Vaccination in Burma 1889-1999 - 1889-1999
Year: 1889
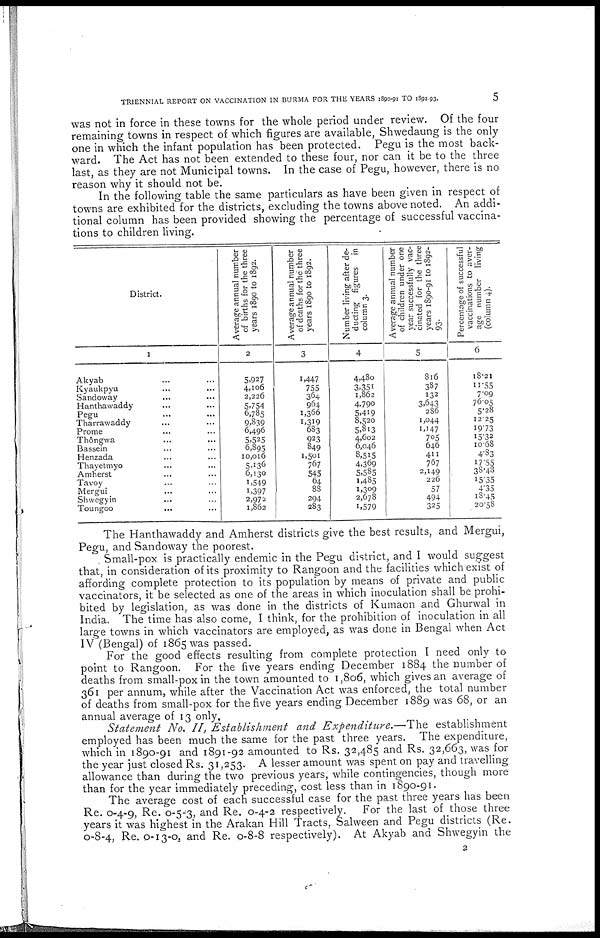
TRIENNIAL REPORT ON VACCINATION IN BURMA FOR THE YEARS 1890-91 TO 1892-93.
5
was not in force in these towns for the whole period under review. Of the four
remaining towns in respect of which figures are available, Shwedaung is the only
one in which the infant population has been protected. Pegu is the most back-
ward. The Act has not been extended to these four, nor can it be to the three
last, as they are not Municipal towns. In the case of Pegu, however, there is no
reason why it should not be.
In the following table the same particulars as have been given in respect of
towns are exhibited for the districts, excluding the towns above noted. An addi-
tional column has been provided showing the percentage of successful vaccina-
tions to children living.
District.
1
Akyab ... ...
Kyaukpyu ... ...
Sandoway ... ...
Hanthawaddy ... ...
Pegu ... ...
Tharrawaddy ... ...
Prome ... ...
Thôngwa ...
Bassein ... ...
Henzada ... ...
Thayetmyo ... ...
Amherst ...
Tavoy ... ...
Mergui ... ...
Shwegyin ... ...
Toungoo ... ...
Average annual number
of births for the three
years 1890 to 1892.
2
5,927
4,106
2,226
5,754
6,785
9,839
6,496
5,525
6,895
10,016
5,136
6,130
1,549
1,397
2,972
1,862
Average annual number
of deaths for the three
years 1890 to 1892.
3
1,447
755
364
964
1,366
1,319
683
923
849
1,501
767
545
64
88
294
283
Number living after de-
ducting figures in
column 3.
4
4,480
3,351
1,862
4,790
5,419
8,520
5,813
4,602
6,046
8,515
4,369
5,585
1,485
1,309
2,678
1,579
Average annual number
of children under one
year successfully vac-
cinated for the three
years 1890-91 to 1892-
93.
5
816
387
132
3,643
286
1,044
1,147
705
646
411
767
2,149
226
57
494
325
Percentage of successful
vaccinations to aver-
age number living
(column 4).
6
18.21
11.55
7.09
76.05
5.28
12.25
19.73
15.32
10.68
4.83
17.55
38.48
15.35
4.35
18.45
20.58
The Hanthawaddy and Amherst districts give the best results, and Mergui,
Pegu, and Sandoway the poorest.
. Small-pox is practically endemic in the Pegu district, and I would suggest
that, in consideration of its proximity to Rangoon and the facilities which exist of
affording complete protection to its population by means of private and public
vaccinators, it be selected as one of the areas in which inoculation shall be prohi-
bited by legislation, as was done in the districts of Kumaon and Ghurwal in
India. The time has also come, I think, for the prohibition of inoculation in all
large towns in which vaccinators are employed, as was done in Bengal when Act
IV (Bengal) of 1865 was passed.
For the good effects resulting from complete protection I need only to
point to Rangoon. For the five years ending December 1884 the number of
deaths from small-pox in the town amounted to 1,806, which gives an average of
361 per annum, while after the Vaccination Act was enforced, the total number
of deaths from small-pox for the five years ending December 1889 was 68, or an
annual average of 13 only.
Statement No. II, Establishment and Expenditure.—The
establishment
employed has been much the same for the past three years. The expenditure,
which in 1890-91 and 1891-92 amounted to Rs. 32,485 and Rs. 32,663, was for
the year just closed Rs. 31,253. A lesser amount was spent on pay and travelling
allowance than during the two previous years, while contingencies, though more
than for the year immediately preceding, cost less than in 1890-91.
The average cost of each successful case for the past three years has been
Re. 0-4-9, Re. 0-5-3, and Re. 0-4-2 respectively. For the last of those three
years it was highest in the Arakan Hill Tracts, Salween and Pegu districts (Re.
0-8-4, Re. 0-13-0, and Re. 0-8-8 respectively). At Akyab and Shwegyin the
2